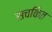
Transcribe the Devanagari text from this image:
सचकित